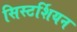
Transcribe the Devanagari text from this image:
सिस्टर्शियन